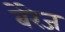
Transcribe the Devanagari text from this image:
बेरेज